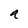
Character: a